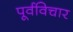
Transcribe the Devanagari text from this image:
पूर्वविचार